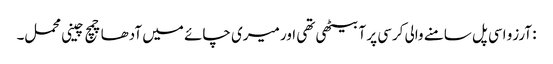
: آرزو اسی پل سامنے والی کرسی پر آ بیٹھی تھی اور میری چائے میں آدھا چمچ چینی محمل۔